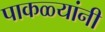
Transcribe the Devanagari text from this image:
पाकळ्यांनी